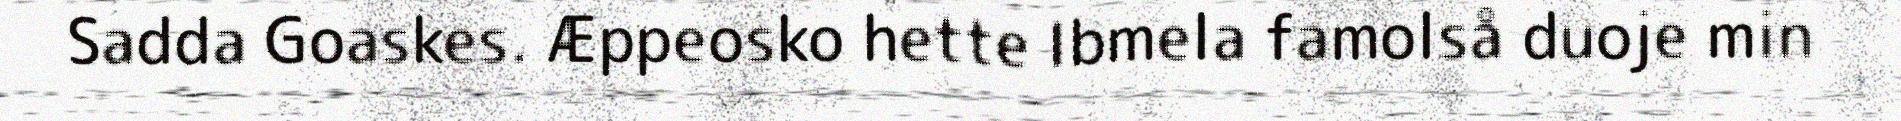
Sadda Goaskes. Æppeosko hette Ibmela famolså duoje min